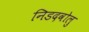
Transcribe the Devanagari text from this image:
निडदवोलु